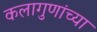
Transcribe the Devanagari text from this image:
कलागुणांच्या